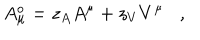
LaTeX: A _ { \mu } ^ { o } = z _ { A } A ^ { \mu } + z _ { V } V ^ { \mu } ,